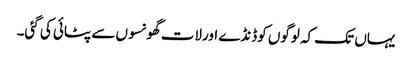
یہاں تک کہ لوگوں کوڈنڈے اورلات گھونسوں سے پٹائی کی گئی۔